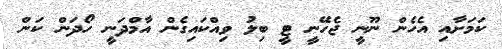
ކަމަށާއި އެހެން ނޫނީ ޖެހޭނީ ޓީ ބިލު ވިއްކައިގެން އާމްދަނީ ހޯދަން ކަން